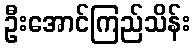
ဦးအောင်ကြည်သိန်း